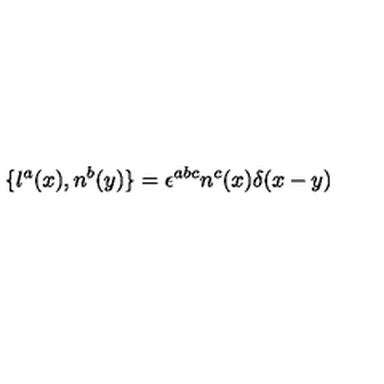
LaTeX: \{ l ^ { a } ( x ) , n ^ { b } ( y ) \} = \epsilon ^ { a b c } n ^ { c } ( x ) \delta ( x - y )